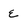
Character: e